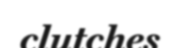
clutches